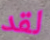
لقد